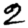
Digit: 2